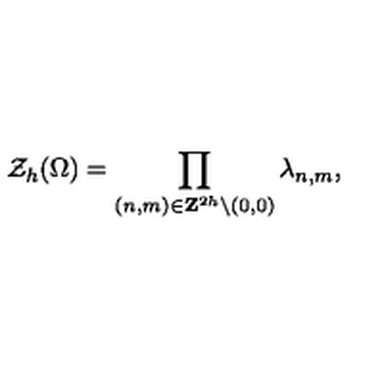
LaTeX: { \cal Z } _ { h } ( \Omega ) = \prod _ { ( n , m ) \in { \bf Z } ^ { 2 h } \backslash { ( 0 , 0 ) } } \lambda _ { n , m } ,